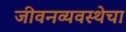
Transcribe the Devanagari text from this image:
जीवनव्यवस्थेचा